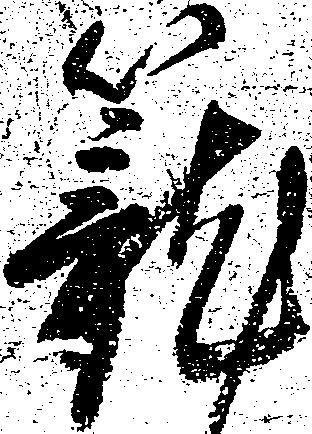
籠